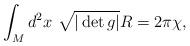
LaTeX: \begin{align*}\int_M d^2x\ \sqrt{|\det g|}R=2\pi\chi,\end{align*}